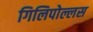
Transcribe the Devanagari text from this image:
गिलिपोल्लस